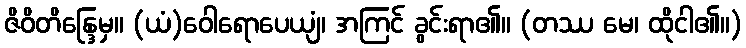
ဇိဝိတိန္ဒြေမှ။ (ယံ)ဝေါရောပေယျံ၊ အကြင် ခွင်းရာ၏။ (တဿ မေ၊ ထိုငါ၏။)